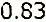
0.83